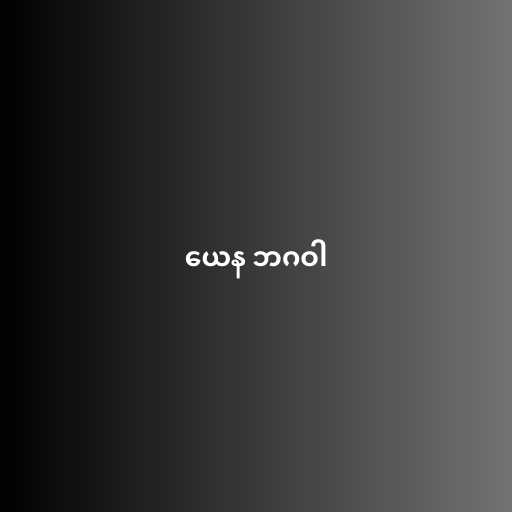
ယေန ဘဂဝါ